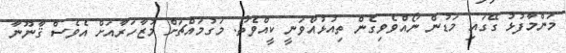
މަންމާފުޅު ގޭގައި މަޑުން ނޯއްވެވިގެން ތިއުޅުއްވަނީ ކީއްވެތޯ. މަގުމައްޗަށް މުޒާހަރާއަށް އެވެސް ޤާނޫނާ